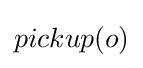
pickup(o)